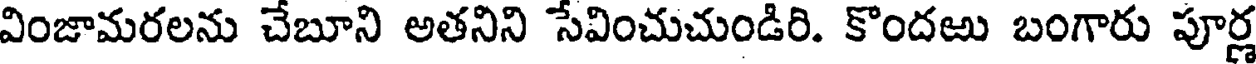
వింజామరలను చేబూని అతనిని సేవించుచుండిరి. కొందఱు బంగారు పూర్ణ